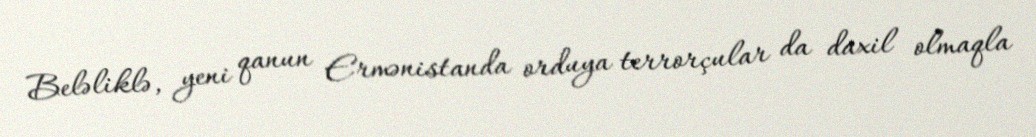
Beləliklə, yeni qanun Ermənistanda orduya terrorçular da daxil olmaqla